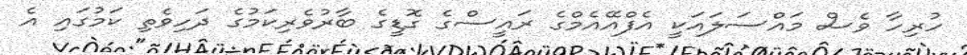
ހުރިހާ ވެސް މައްސަލައަކީ އެފްއޭއެމްގެ ރައީސްގެ ގޮޑީގެ ބާރުވެރިކަމުގެ ދަހިވެތި ކަމުގައި އެ